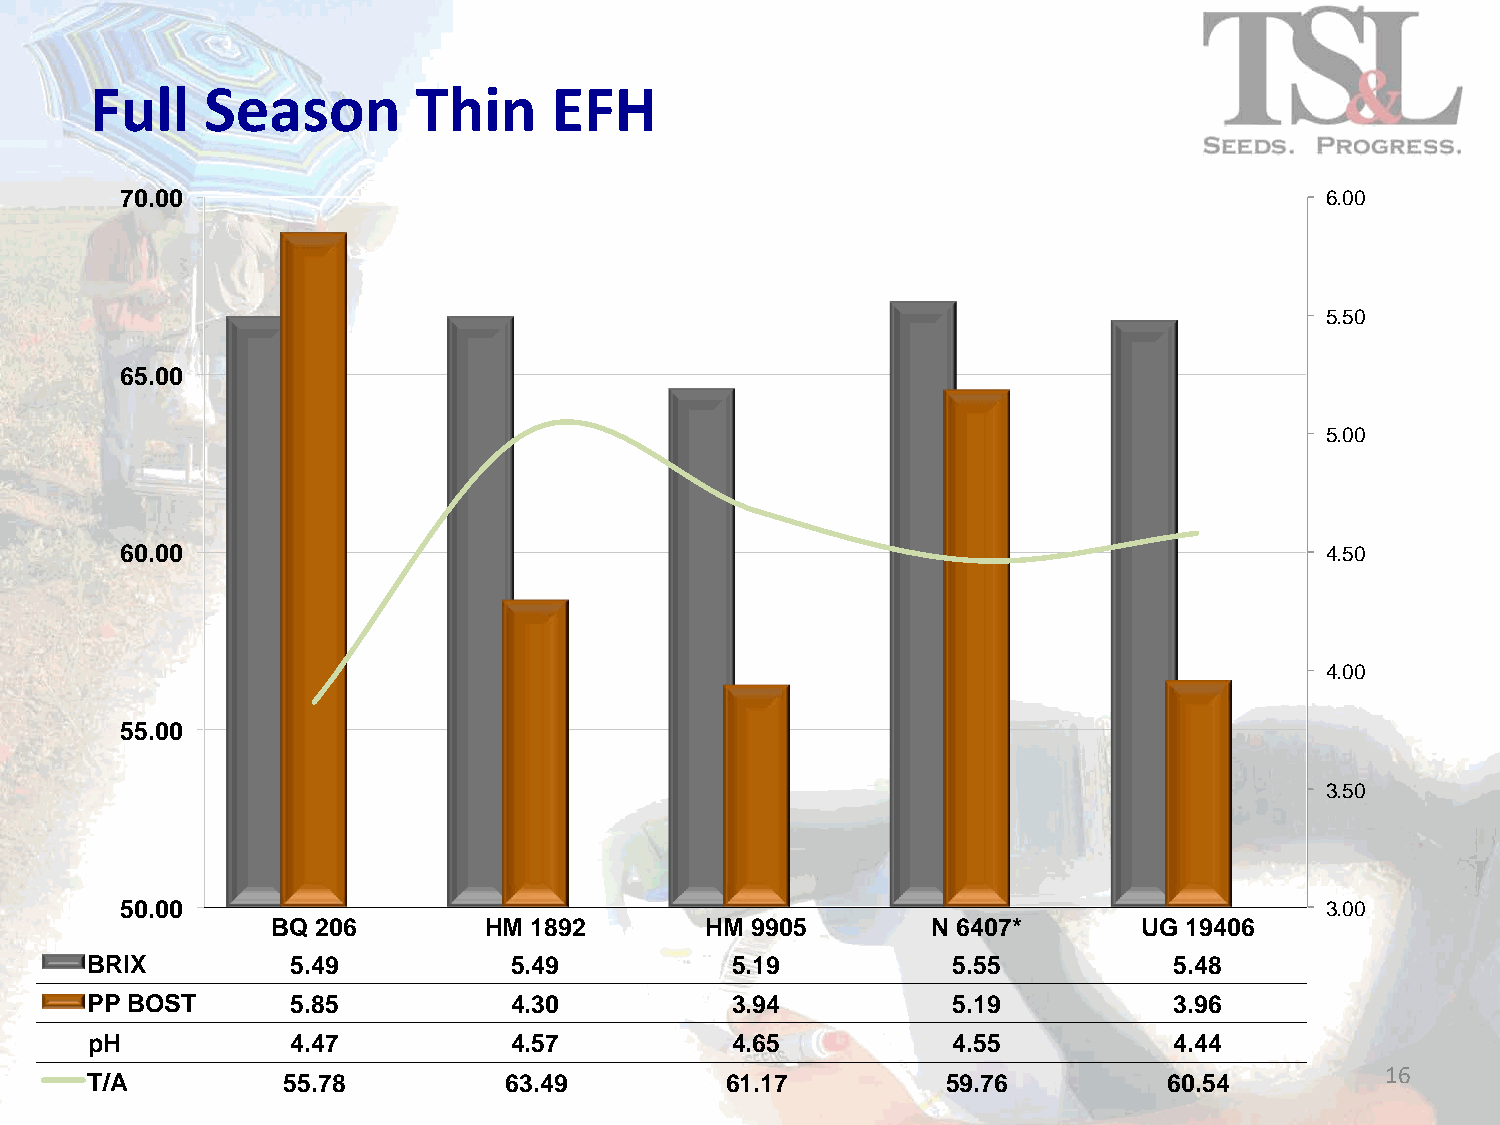
Full    Season        Thin     EFH
 70.00                                                                           6.00
 5.50
 65.00
 5.00
 60.00                                                                           4.50
 4.00
 55.00
 3.50
 50.00                                                                           3.00
 BQ 206        HM 1892        HM 9905        N 6407*       UG 19406
 BRIX         5.49           5.49          5.19           5.55           5.48
 PP BOST      5.85           4.30          3.94           5.19           3.96
 pH           4.47           4.57          4.65           4.55           4.44
 16
 T/A          55.78         63.49          61.17          59.76         60.54